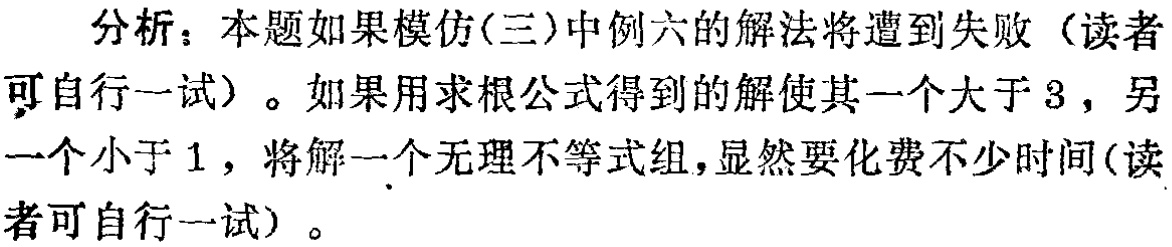
分析：本题如果模仿(三)中例六的解法将遭到失败（读者可自行一试）。如果用求根公式得到的解使其一个大于 \(3\)，另一个小于 \(1\)，将解一个无理不等式组，显然要化费不少时间(读者可自行一试) 。